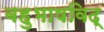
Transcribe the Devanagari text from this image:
बहुभाषविद्